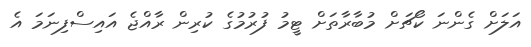
އަލަށް ގެންނަ ކޯޗަށް މުބާރާތަށް ޓީމު ފުރުމުގެ ކުރިން ރާއްޖެ އައިސްފިނަމަ އެ